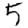
Digit: 5